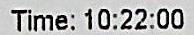
TIME: 10:22:00